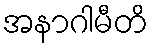
အနာဂါမီတိ